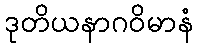
ဒုတိယနာဂဝိမာနံ